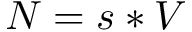
N = s * V